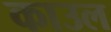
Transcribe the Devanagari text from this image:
काउल